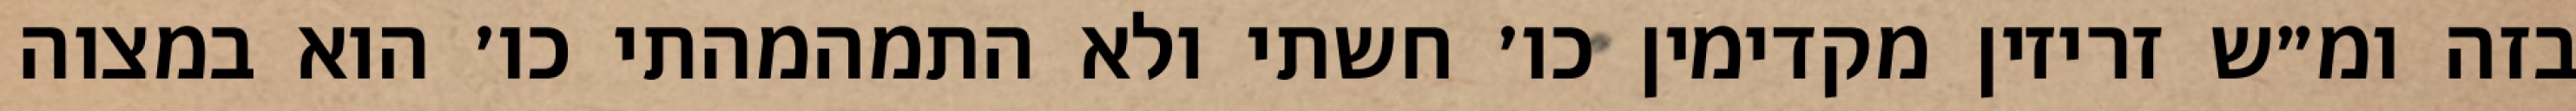
בזה ומ״ש זריזין מקדימין כו׳ חשתי ולא התמהמהתי כו׳ הוא במצוה